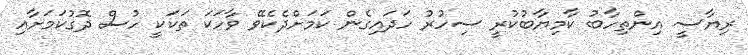
ރިޔާސީ އިންތިހާބު ކާމިޔާބުކުރީ ސިހުރު ހަދައިގެން ކަމަށްދެކެވޭ ވާހަކަ ތަކަކީ ހުސް ދޮގުކަމަށާއި